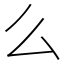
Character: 么